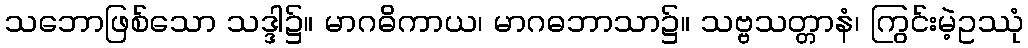
သဘောဖြစ်သော သဒ္ဒါ၌။ မာဂဓိကာယ၊ မာဂဓဘာသာ၌။ သဗ္ဗသတ္တာနံ၊ ကြွင်းမဲ့ဥဿုံ